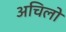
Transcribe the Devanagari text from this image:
अचिलो